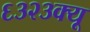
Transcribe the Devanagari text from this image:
६३२३क्यू